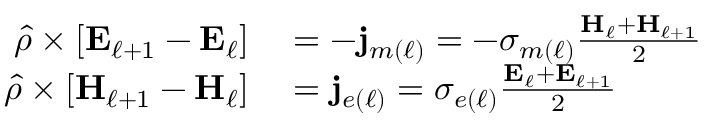
\begin{array} { r l } { \hat { \rho } \times \left[ \mathbf { E } _ { \ell + 1 } - \mathbf { E } _ { \ell } \right] } & { { } = - \mathbf { j } _ { m ( \ell ) } = - \sigma _ { m ( \ell ) } \frac { \mathbf { H } _ { \ell } + \mathbf { H } _ { \ell + 1 } } { 2 } } \\ { \hat { \rho } \times \left[ \mathbf { H } _ { \ell + 1 } - \mathbf { H } _ { \ell } \right] } & { { } = \mathbf { j } _ { e ( \ell ) } = \sigma _ { e ( \ell ) } \frac { \mathbf { E } _ { \ell } + \mathbf { E } _ { \ell + 1 } } { 2 } } \end{array}